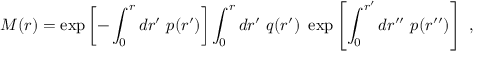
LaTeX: M ( r ) = \exp \left[ - \int _ { 0 } ^ { r } d r ^ { \prime } \ p ( r ^ { \prime } ) \right] \int _ { 0 } ^ { r } d r ^ { \prime } \ q ( r ^ { \prime } ) \ \exp \left[ \int _ { 0 } ^ { r ^ { \prime } } d r ^ { \prime \prime } \ p ( r ^ { \prime \prime } ) \right] \ ,